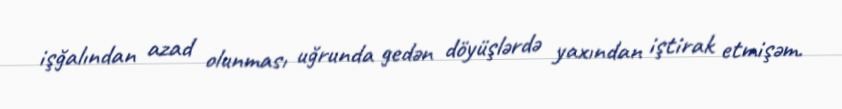
işğalından azad olunması uğrunda gedən döyüşlərdə yaxından iştirak etmişəm.